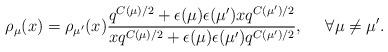
LaTeX: \begin{align*}\rho_\mu(x)=\rho_{\mu'}(x)\frac{q^{C(\mu)/2} + \epsilon(\mu)\epsilon(\mu') xq^{C(\mu')/2} }{xq^{C(\mu)/2} +\epsilon(\mu)\epsilon(\mu') q^{C(\mu')/2} },~~~~\forall \mu\neq\mu'.\end{align*}